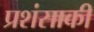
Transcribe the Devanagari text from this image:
प्रशंसाकी